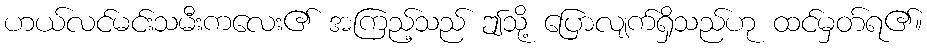
ဟယ်လင်မင်းသမီးကလေး၏ အကြည့်သည် ဤသို့ ပြောလျက်ရှိသည်ဟု ထင်မှတ်ရ၏။